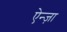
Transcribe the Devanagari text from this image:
ऐन्ज़ा